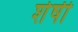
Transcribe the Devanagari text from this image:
शेषी